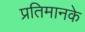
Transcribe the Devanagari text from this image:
प्रतिमानके